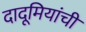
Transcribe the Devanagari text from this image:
दादूमियांची